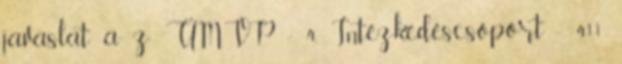
javaslat a z ÚMVP - 4. Intézkedéscsoport - 411